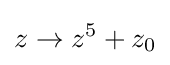
z\to z^{5}+z_{0}